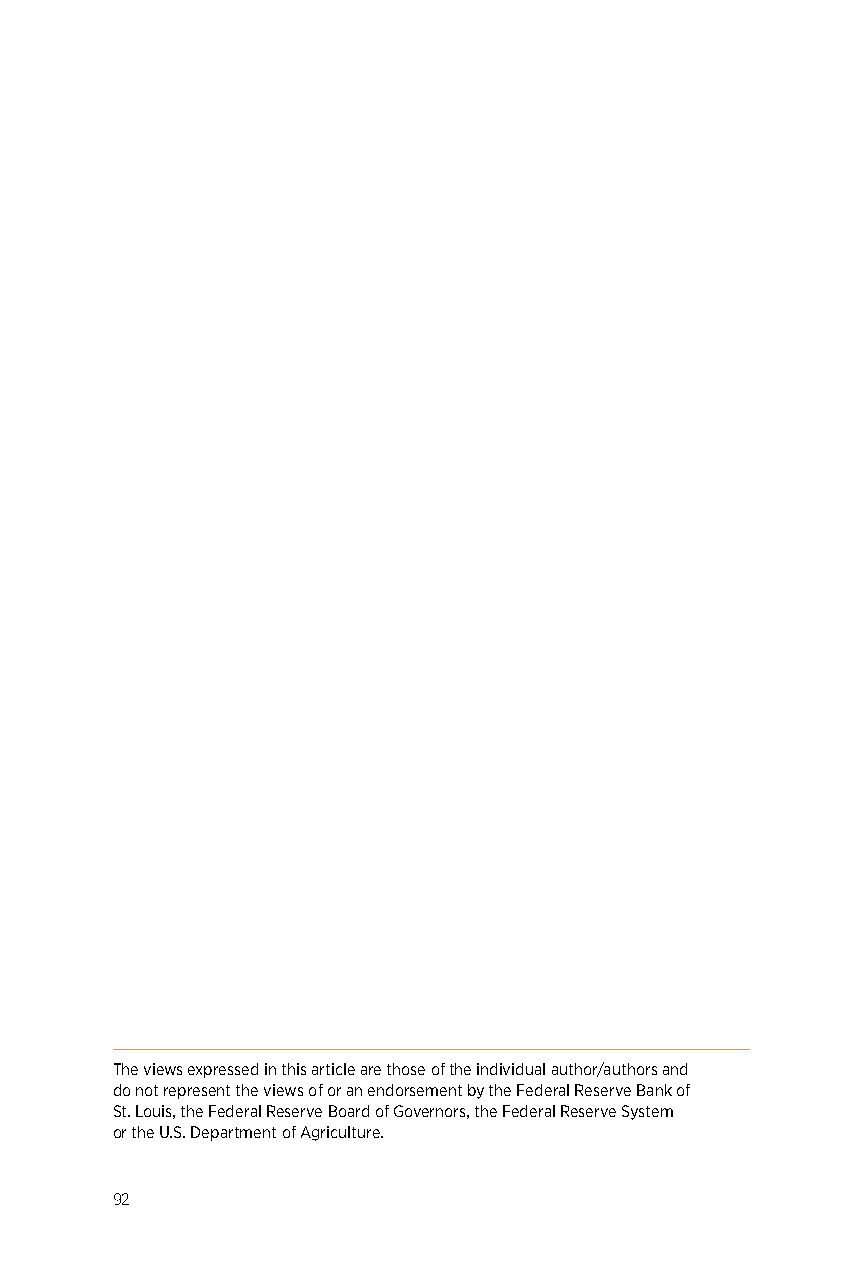
The views expressed in this article are those of the individual author/authors and
 do not represent the views of or an endorsement by the Federal Reserve Bank of
 St. Louis, the Federal Reserve Board of Governors, the Federal Reserve System
 or the U.S. Department of Agriculture.
 92